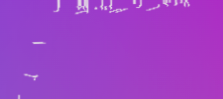
خدمات التنظيف المنزلية: ا